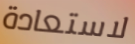
لاستعادة